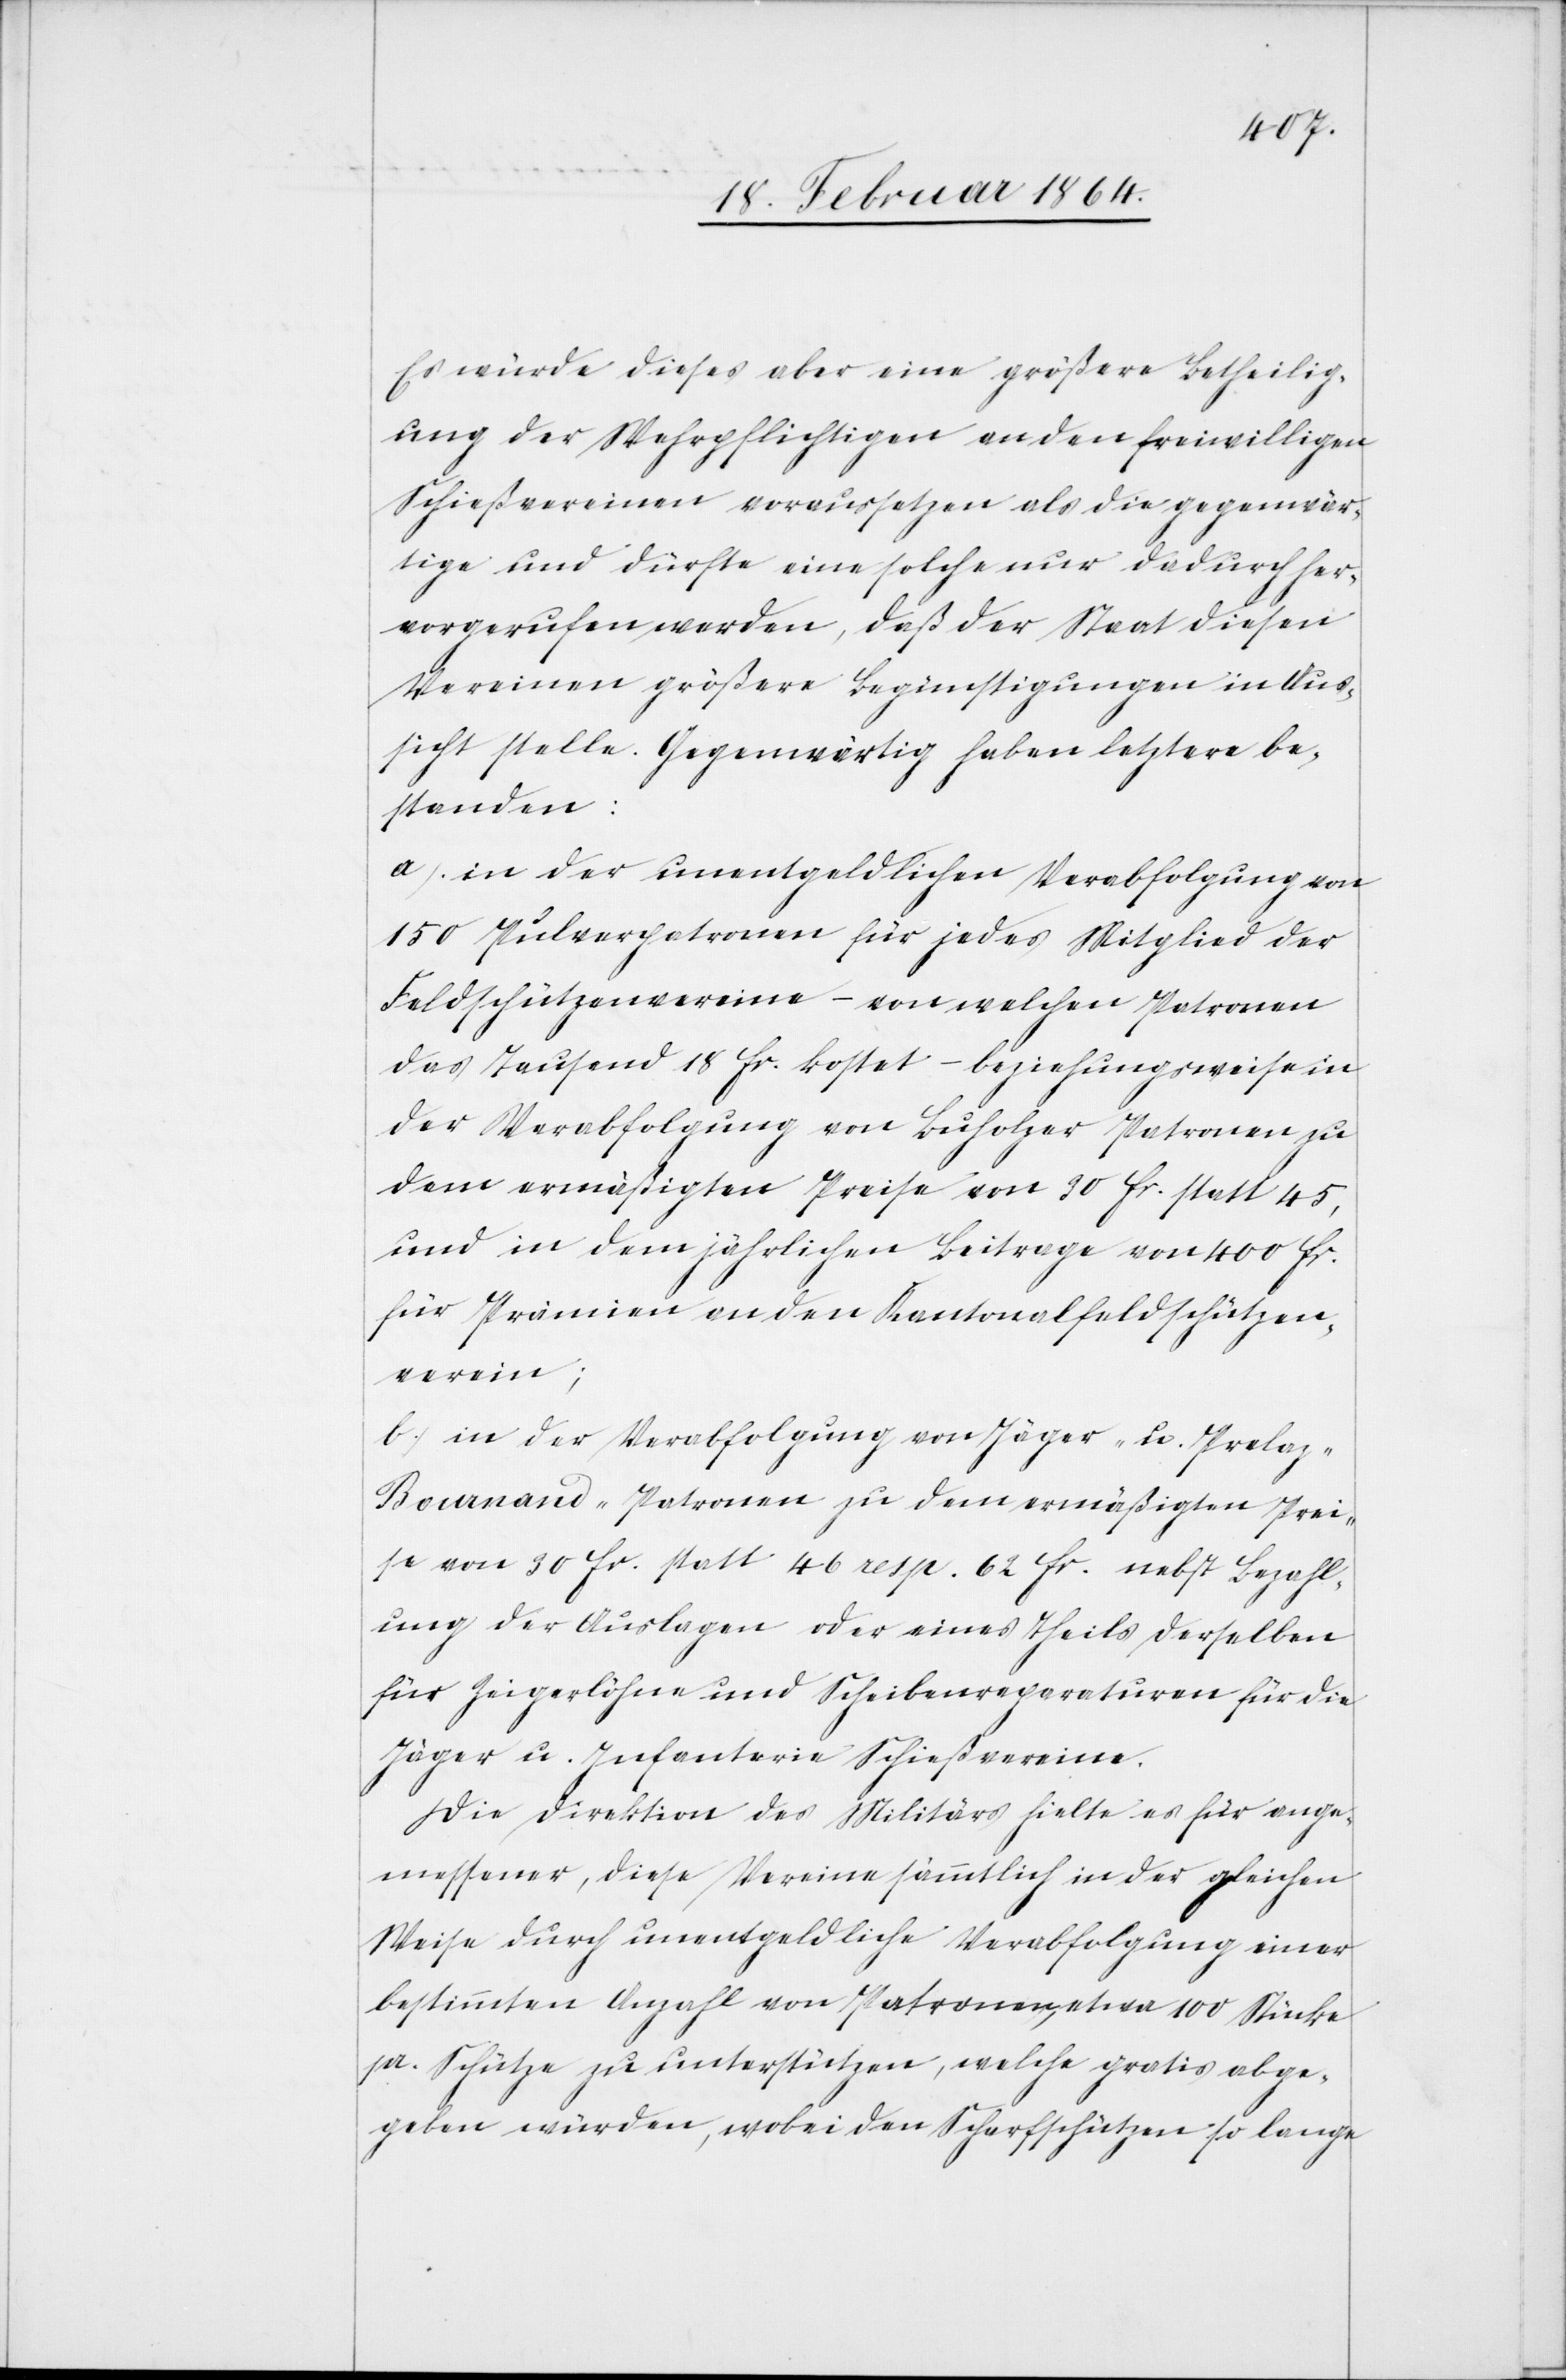
Es würde dieses aber eine größere Betheilig¬
ung der Wehrpflichtigen an den freiwilligen
Schießvereinen voraussetzen als die gegenwär¬
tige und dürfte eine solche nur dadurch her¬
vorgerufen werden, daß der Staat diesen
Vereinen größere Begünstigungen in Aus¬
sicht stelle. Gegenwärtig haben letztere be¬
standen:
a.) in der unentgeldlichen Verabfolgung von
150 Pulverpatronen für jedes Mitglied der
Feldschützenvereine – von welchen Patronen
das Tausend 18 fr. kostet – beziehungsweise in
der Verabfolgung von Buholzer Patronen zu
dem ermäßigten Preise von 30 fr. statt 45
und in dem jährlichen Beitrage von 400 fr.
für Prämien an den Kantonalfeldschützen¬
verein;
b.) in der Verabfolgung von Jäger- u. Prela¬
z-Bournand-Patronen zu dem ermäßigten Prei¬
se von 30 fr. statt 46 resp. 62 fr. nebst Bezahl¬
ung der Auslagen oder eines Theils derselben
für Zeigerlöhne und Scheibenreparaturen für die
Jäger u. Infanterie Schießvereine.
Die Direktion des Militärs hielte es für ange¬
messener, diese Vereine sämtlich in der gleichen
Weise durch unentgeldliche Verabfolgung einer
bestimmten Anzahl von Patronen, etwa 100 Stücke
pr. Schütze zu unterstützen, welche gratis abge¬
geben würden, wobei den Scharfschützen so lange